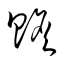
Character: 贍